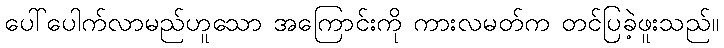
ပေါ်ပေါက်လာမည်ဟူသော အကြောင်းကို ကားလမတ်က တင်ပြခဲ့ဖူးသည်။